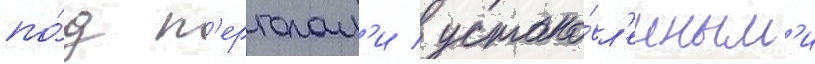
по́д п'ерголам'и / устано́вл'енным'и